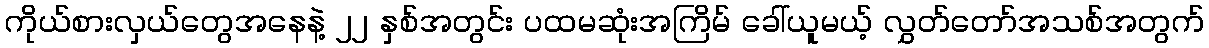
ကိုယ်စားလှယ်တွေအနေနဲ့ ၂၂ နှစ်အတွင်း ပထမဆုံးအကြိမ် ခေါ်ယူမယ့် လွှတ်တော်အသစ်အတွက်